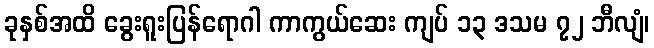
ခုနှစ်အထိ ခွေးရူးပြန်ရောဂါ ကာကွယ်ဆေး ကျပ် ၁၃ ဒသမ ၇၂ ဘီလျံ၊